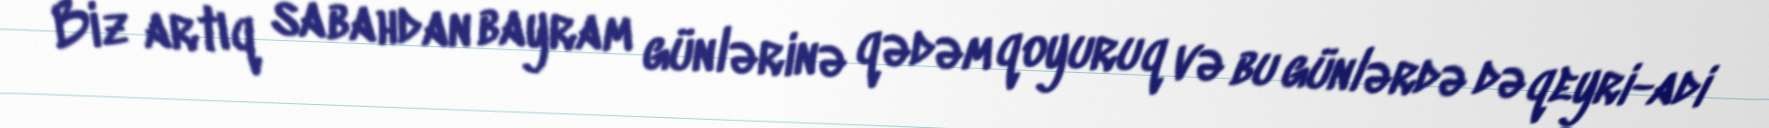
Biz artıq sabahdan bayram günlərinə qədəm qoyuruq və bu günlərdə də qeyri-adi